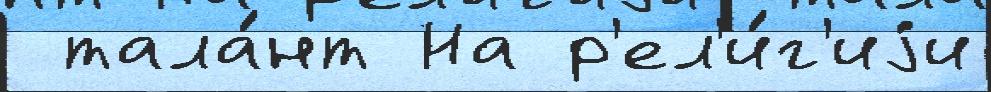
 тала́нт На р'ел'и́г'иjи